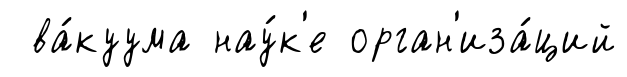
ва́куума нау́к'е орган'иза́ций